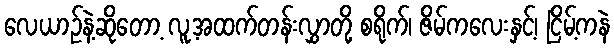
လေယာဉ်နဲ့ဆိုတော့ လူ့အထက်တန်းလွှာတို့ စရိုက်၊ ဇိမ်ကလေးနှင့်၊ ငြိမ့်ကနဲ